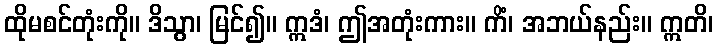
ထိုမစင်တုံးကို။ ဒိသွာ၊ မြင်၍။ ဣဒံ၊ ဤအတုံးကား။ ကိံ၊ အဘယ်နည်း။ ဣတိ၊